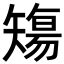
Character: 𥏻